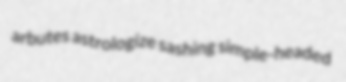
arbutes astrologize sashing simple-headed